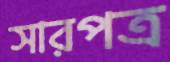
সারপত্র